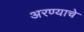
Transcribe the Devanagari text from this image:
अरण्याचे